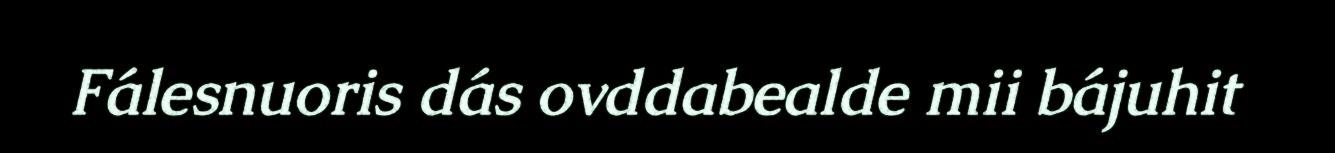
Fálesnuoris dás ovddabealde mii bájuhit